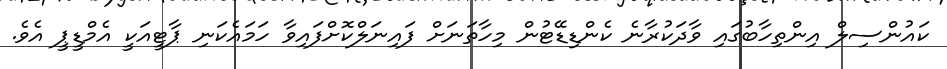
ކައުންސިލް އިންތިހާބުގައި ވާދަކުރާނެ ކެންޑިޑޭޓުން މިހާތަނަށް ފައިނަލްކޮށްފައިވާ ހަމައެކަނި ޕާޓީއަކީ އެމްޑީޕީ އެވެ.